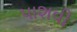
પાશવી